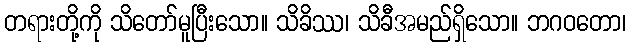
တရားတို့ကို သိတော်မူပြီးသော။ သိခိဿ၊ သိခီအမည်ရှိသော။ ဘဂဝတော၊